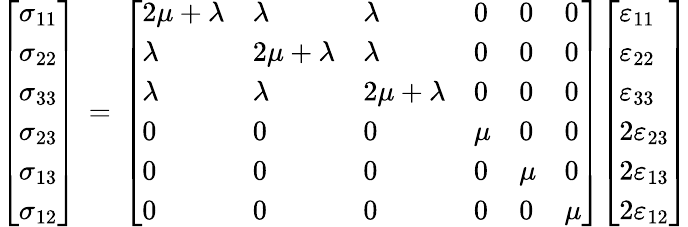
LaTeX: {\left[\begin{array}{l}{\sigma_{11}}\\ {\sigma_{22}}\\ {\sigma_{33}}\\ {\sigma_{23}}\\ {\sigma_{13}}\\ {\sigma_{12}}\end{array}\right]}\, =\, {\left[\begin{array}{llllll}{2\mu+\lambda}&{\lambda}&{\lambda}&{0}&{0}&{0}\\ {\lambda}&{2\mu+\lambda}&{\lambda}&{0}&{0}&{0}\\ {\lambda}&{\lambda}&{2\mu+\lambda}&{0}&{0}&{0}\\ {0}&{0}&{0}&{\mu}&{0}&{0}\\ {0}&{0}&{0}&{0}&{\mu}&{0}\\ {0}&{0}&{0}&{0}&{0}&{\mu}\end{array}\right]}{\left[\begin{array}{l}{\varepsilon_{11}}\\ {\varepsilon_{22}}\\ {\varepsilon_{33}}\\ {2\varepsilon_{23}}\\ {2\varepsilon_{13}}\\ {2\varepsilon_{12}}\end{array}\right]}